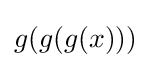
g(g(g(x)))